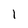
Character: l